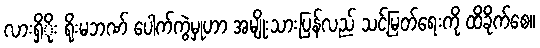
လားရှိိုး ရိုးမဘဏ် ပေါက်ကွဲမှုဟာ အမျိုးသားပြန်လည် သင့်မြတ်ရေးကို ထိခိုက်စေ။